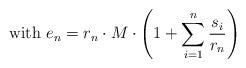
LaTeX: \begin{align*}\mbox{ with }e_{{n}}=r_n \cdot M \cdot\left(1+\sum_{i=1}^n \frac{s_i}{r_n}\right)\end{align*}